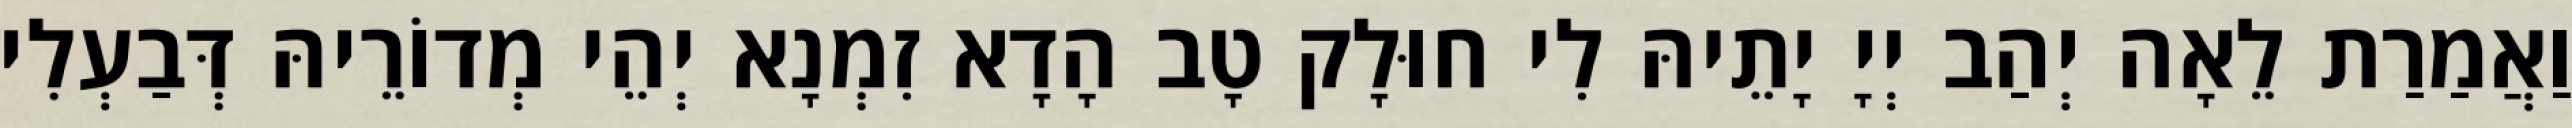
וַאֲמַרַת לֵאָה יְהַב יְיָ יָתֵיהּ לִי חוּלָק טָב הָדָא זִמְנָא יְהֵי מְדוֹרֵיהּ דְּבַעְלִי